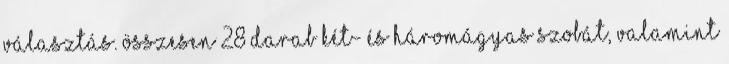
választás. Összesen 28 darab két- és háromágyas szobát, valamint